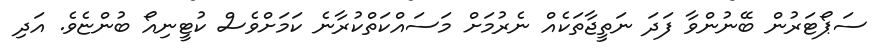
ސަޕޯޓަރުން ބޭނުންވާ ފަދަ ނަތީޖާތަކެއް ނެރުމަށް މަސައްކަތްކުރާނެ ކަމަށްވެސް ކުޓީނިއޯ ބުންޏެވެ. އަދި